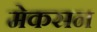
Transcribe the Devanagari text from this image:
मेकसन